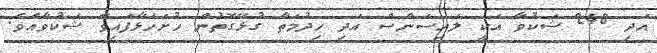
އަދި 248 ޝަކުވާ އަކީ ލައިސަންސް އަދި ހިދުމަތާ ގުޅޭގޮތުން ހުށަހަޅާފައިވާ ޝަކުވާއެވެ.